Leaving Certificate Examination (including Day School Certificate (Higher) General paper), 1935
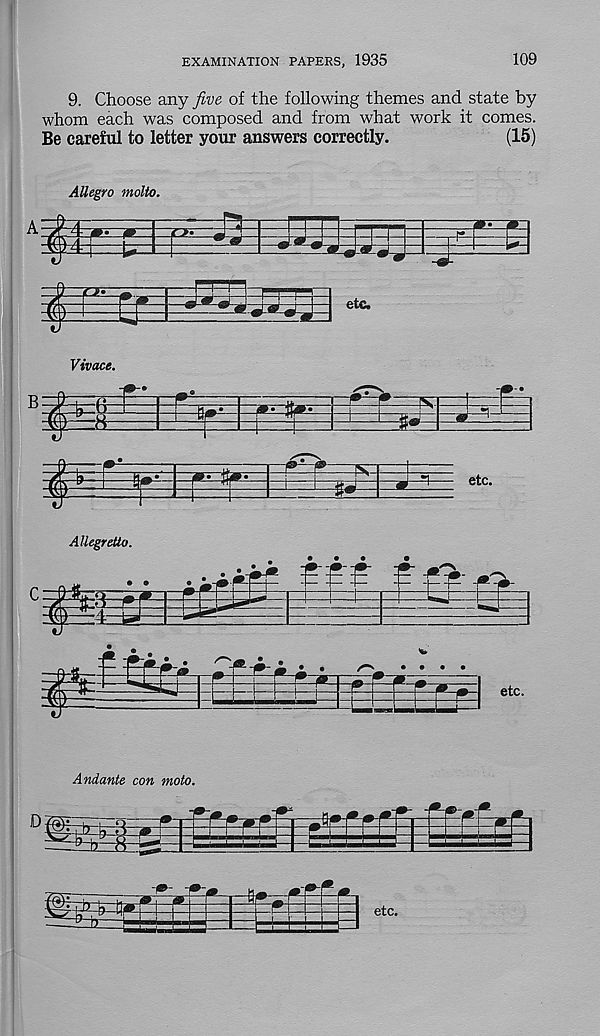
EXAMINATION PAPERS, 1935
109
9. Choose any five of the following themes and state by
whom each was composed and from what work it comes.
Be careful to letter your answers correctly.
(15)
Allegretto.
Andante con moto.
D
rrf, fTrlhg
etc.